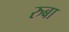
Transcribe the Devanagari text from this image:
रुबा